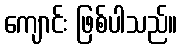
ကျောင်း ဖြစ်ပါသည်။